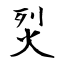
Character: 烮